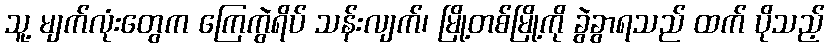
သူ့ မျက်လုံးတွေက ကြေကွဲရိပ် သန်းလျက်၊ မြို့တစ်မြို့ကို ခွဲခွာရသည် ထက် ပိုသည့်